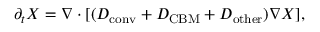
\partial _ { t } X = \ensuremath { \nabla } \cdot [ ( D _ { \mathrm { c o n v } } + D _ { \mathrm { C B M } } + D _ { \mathrm { o t h e r } } ) \ensuremath { \nabla } X ] ,